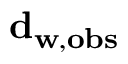
\mathbf { d } _ { \mathbf { w } , \mathbf { o b s } }